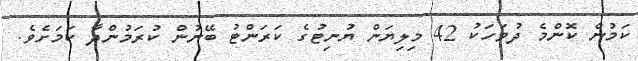
ކަމުން ކޮންމެ ދުވަހަކު 42 މިލިޔަން ޔުނިޓުގެ ކަރަންޓު ބޭނުން ކުރަމުންދާ ކަމަށެވެ.